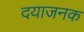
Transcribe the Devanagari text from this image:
दयाजनक